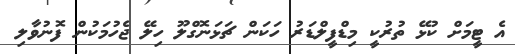
އެ ޓީމަށް ކުޅޭ ތުރުކީ މިޑްފީލްޑަރު ހަކަން ޗަޅަނޮގްލޫ ހިލޭ ޖެހުމަކުން ފޮނުވާލި